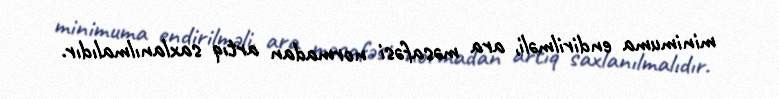
minimuma endirilməli, ara məsafəsi normadan artıq saxlanılmalıdır.